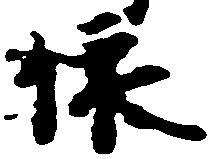
依